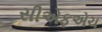
સીએફએચ